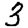
Digit: 3